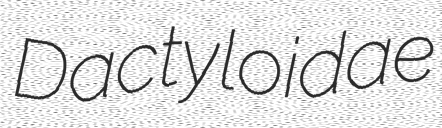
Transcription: Dactyloidae